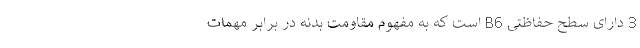
3 دارای سطح حفاظتی B6 است که به مفهوم مقاومت بدنه در برابر مهمات